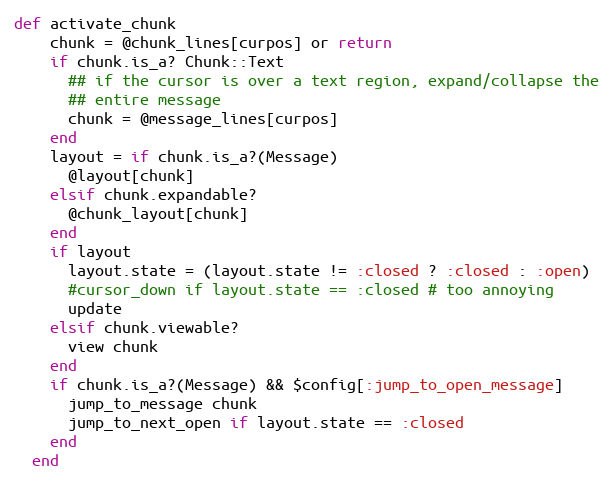
Language: Ruby
def activate_chunk
    chunk = @chunk_lines[curpos] or return
    if chunk.is_a? Chunk::Text
      ## if the cursor is over a text region, expand/collapse the
      ## entire message
      chunk = @message_lines[curpos]
    end
    layout = if chunk.is_a?(Message)
      @layout[chunk]
    elsif chunk.expandable?
      @chunk_layout[chunk]
    end
    if layout
      layout.state = (layout.state != :closed ? :closed : :open)
      #cursor_down if layout.state == :closed # too annoying
      update
    elsif chunk.viewable?
      view chunk
    end
    if chunk.is_a?(Message) && $config[:jump_to_open_message]
      jump_to_message chunk
      jump_to_next_open if layout.state == :closed
    end
  end